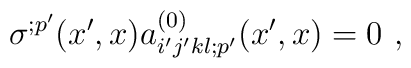
\sigma^{;p'}(x',x) a^{(0)}_{i'j'kl;p'}(x',x) = 0 \ ,